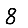
Digit: 8